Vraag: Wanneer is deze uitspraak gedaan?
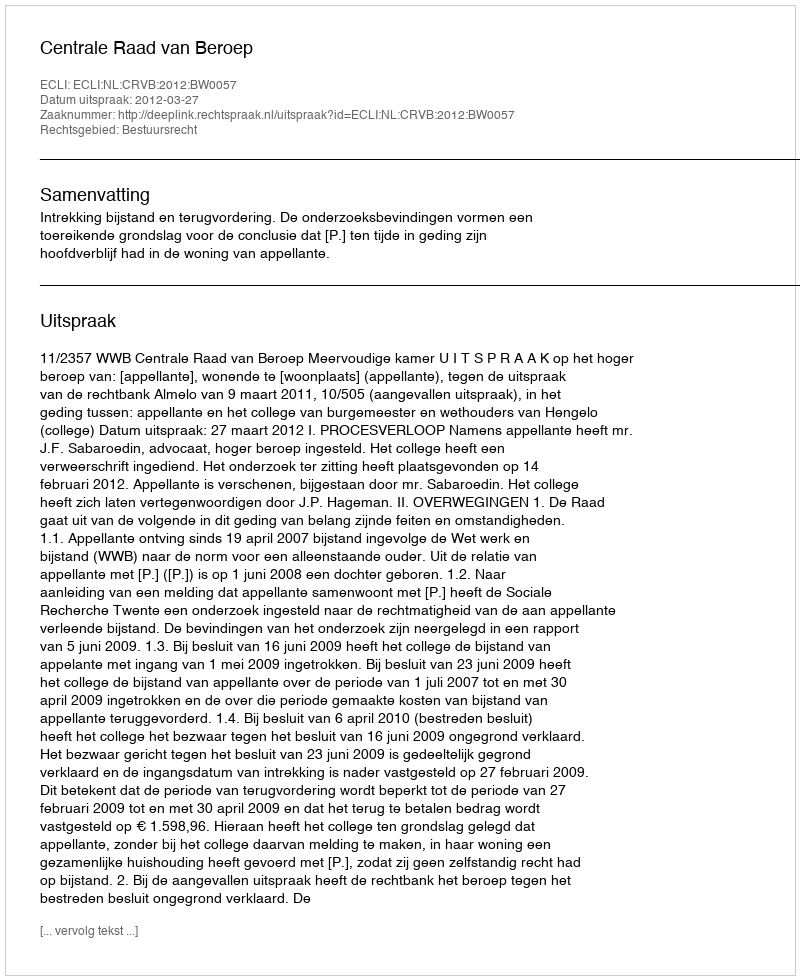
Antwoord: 2012-03-27